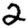
Digit: 2